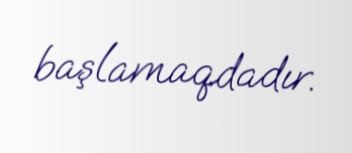
başlamaqdadır.